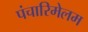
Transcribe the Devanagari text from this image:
पंचारिमेलम